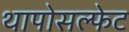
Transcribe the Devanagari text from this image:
थापोसल्फेट